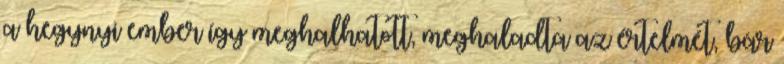
a hegynyi ember így meghalhatott, meghaladta az értelmét, bár